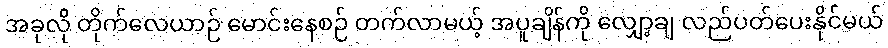
အခုလို တိုက်လေယာဉ် မောင်းနေစဉ် တက်လာမယ့် အပူချိန်ကို လျှော့ချ လည်ပတ်ပေးနိုင်မယ်